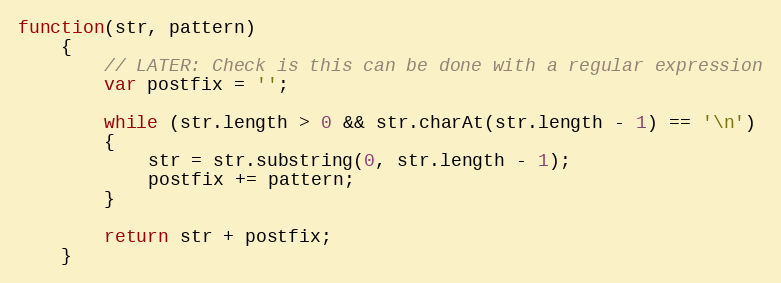
Language: JavaScript
function(str, pattern)
	{
		// LATER: Check is this can be done with a regular expression
		var postfix = '';

		while (str.length > 0 && str.charAt(str.length - 1) == '\n')
		{
			str = str.substring(0, str.length - 1);
			postfix += pattern;
		}

		return str + postfix;
	}